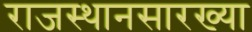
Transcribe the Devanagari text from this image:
राजस्थानसारख्या